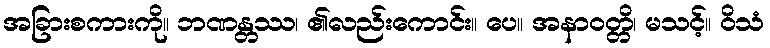
အခြားစကားကို။ ဘဏန္တဿ၊ ၏လည်းကောင်း။ ပေ။ အနာဝတ္တိ၊ မသင့်။ ဝိသံ